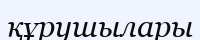
құрушылары